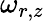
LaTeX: \omega_{r,z}